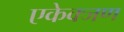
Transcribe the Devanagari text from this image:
एकेक्जण